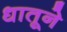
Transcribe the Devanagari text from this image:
धातूने